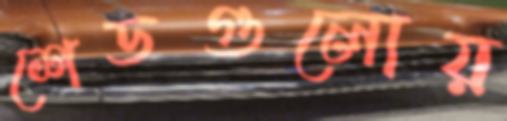
শেডগুলোয়